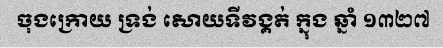
ចុងក្រោយ ទ្រង់ សោយទីវង្គត់ ក្នុង ឆ្នាំ ១៣២៧